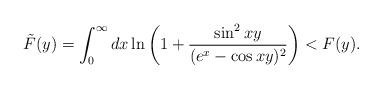
LaTeX: \begin{align*}\tilde{F}(y)= \int_0^{\infty}dx\ln\left(1+\frac{\sin^2xy} {(e^x-\cos xy)^2}\right) < F(y).\end{align*}